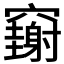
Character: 𥩄